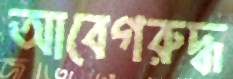
আবেগরুদ্ধ